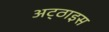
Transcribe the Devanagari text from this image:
अट्‌ठाइस